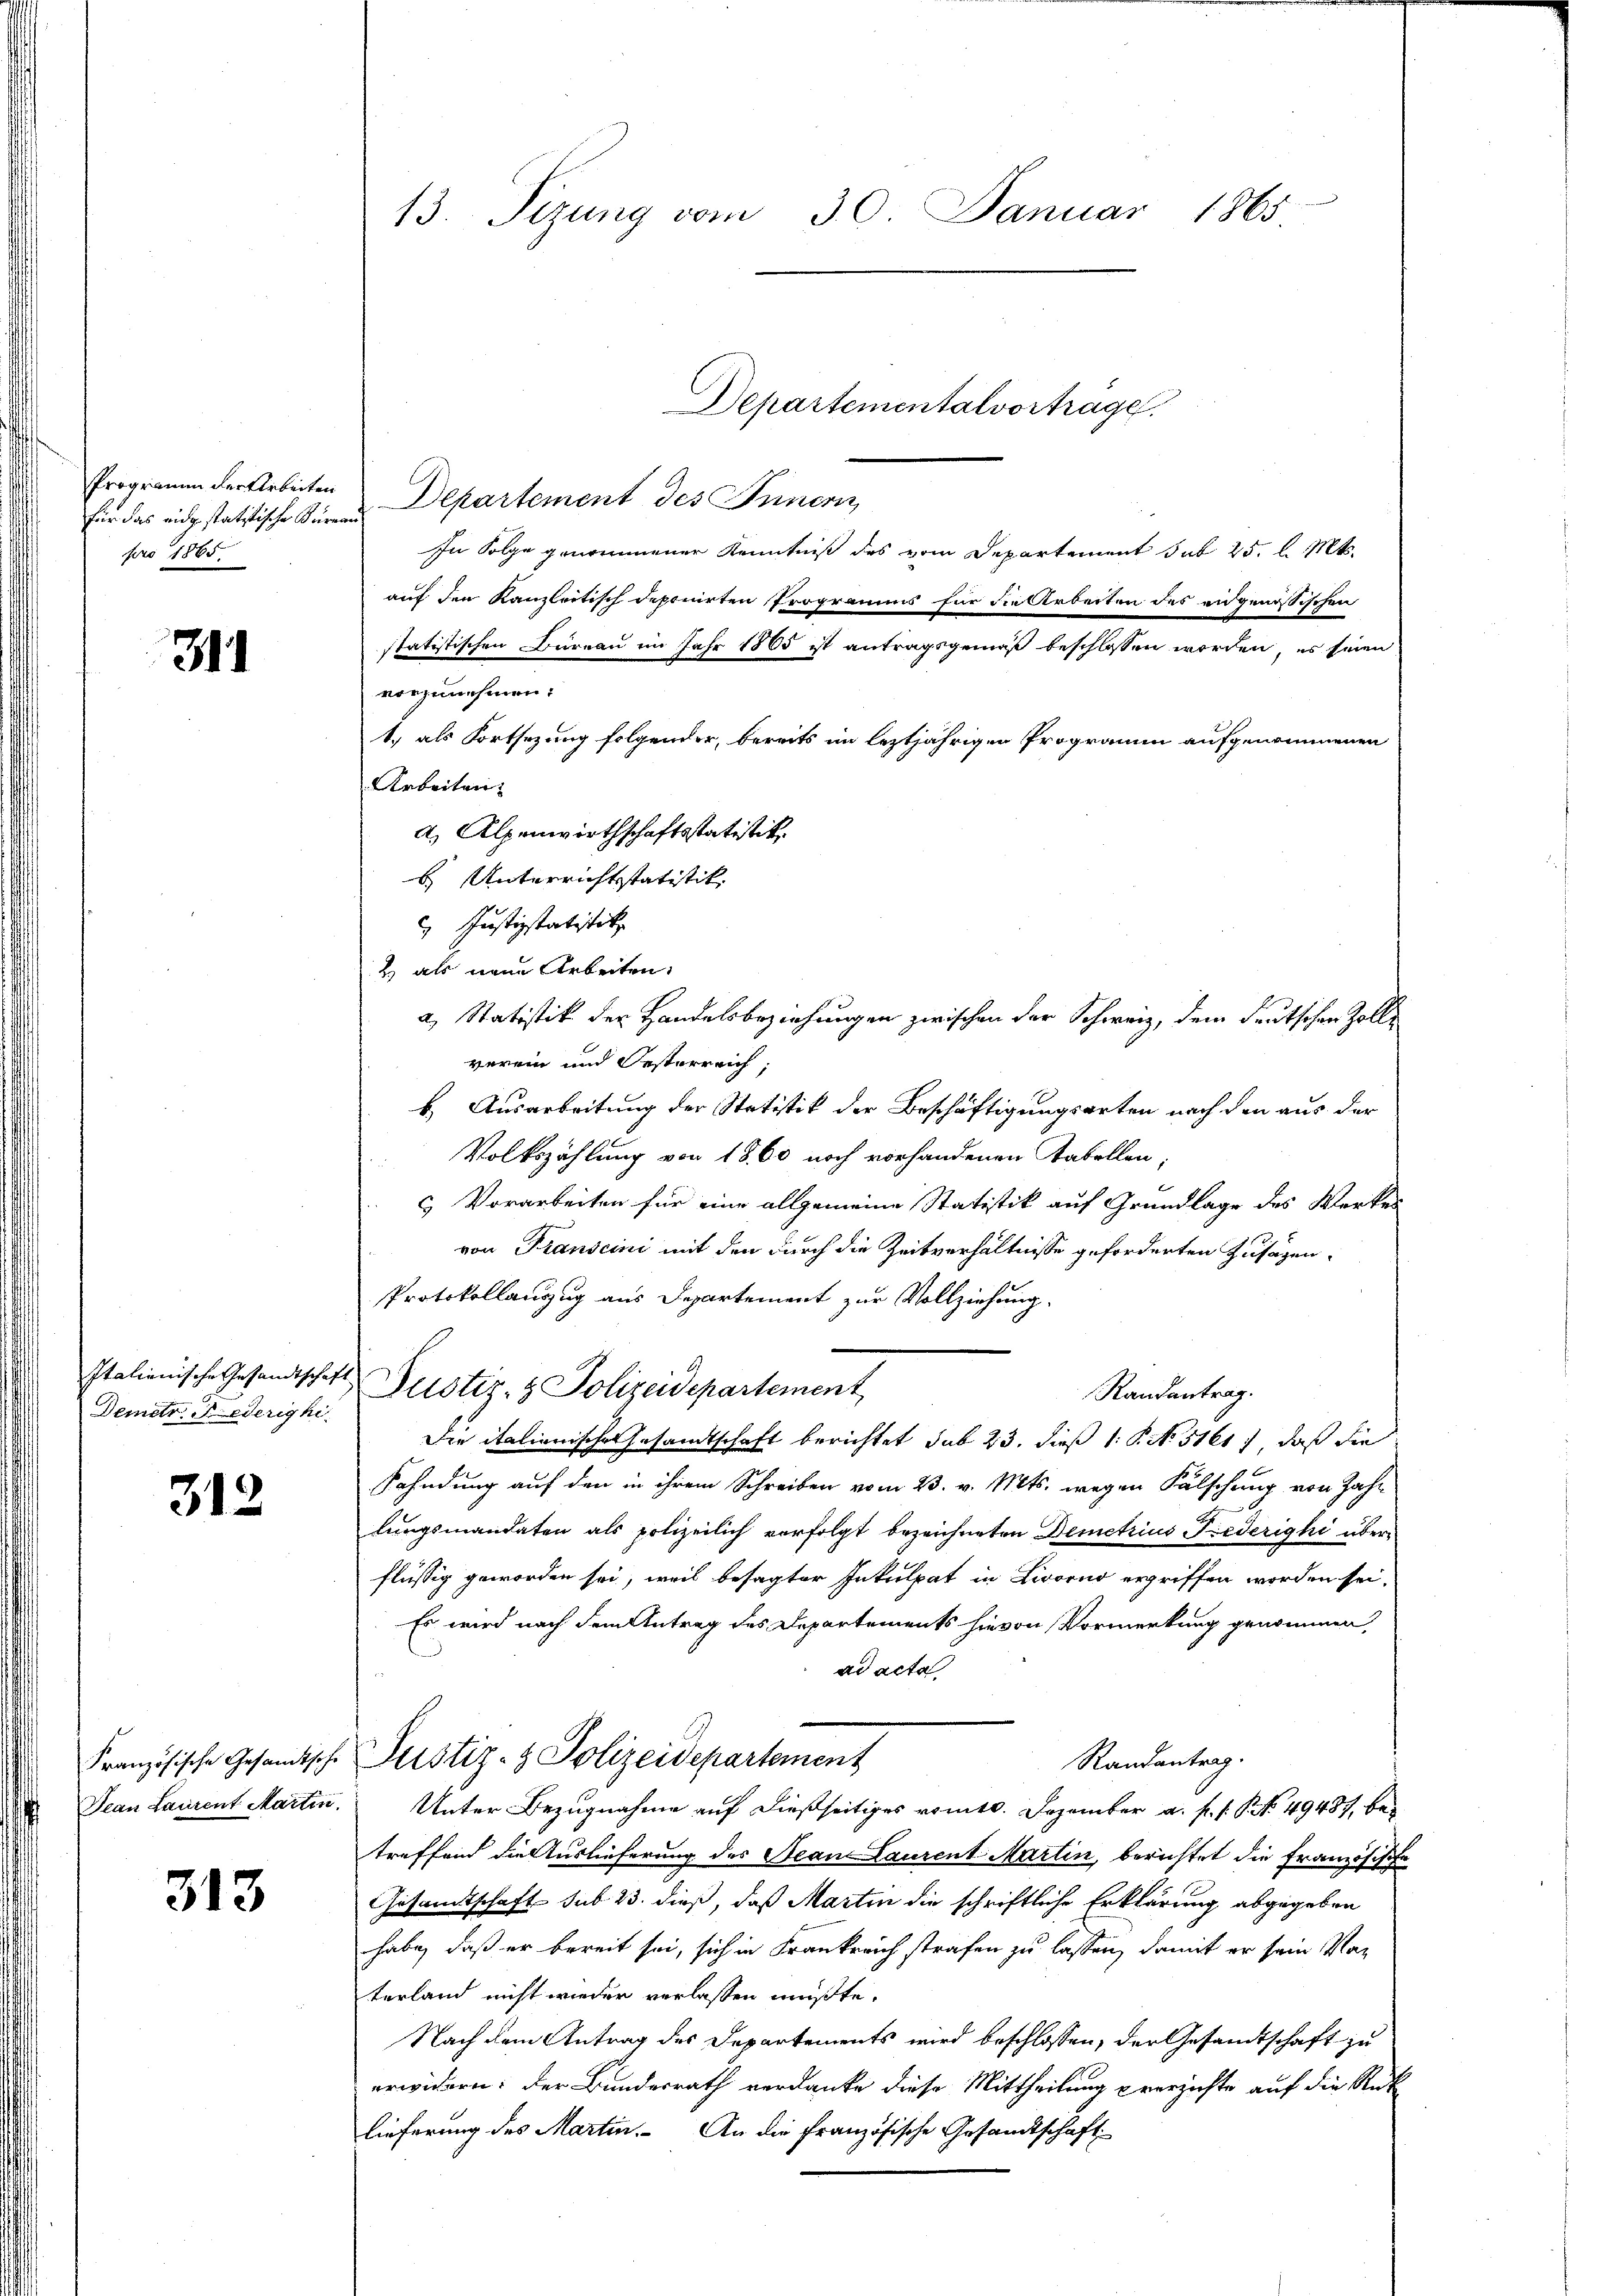
Programm der Arbeiten
für das eidg statitische Büren
pro 1865

311

Demetr. Jederigkei

312

Dean Laurent Martin.

313

13. Sizung vom 30. Januar 1865

Departement des Innern,
In Folge genommener Kenntniß des vom Departement sub 25 l. Mts.
auf den Kanzleitisch deponirten Programms für die Arbeiten des angenössischen
statistischen Büreau im Jahr 1865 ist antragsgemäß beschlossen worden, es seien
vorzunehmen:
1.) als Fortsezung folgender, bereits im leztjährigen Programm aufgenommenen
Arbeiten
a Alpenwirthschaftsstatistik
b. Unterrichtstatistik. |
 Justizstatistik
2 als neue Arbeiten.
a, Statistik der Handelsbeziehungen zwischen der Schweiz, dem deutschen Zolle
verein und Oesterreich;
b. Ausarbeitung der Statistik der Beschäftigungsarten nach den aus der
Volkszählung von 1860 noch vorhandenen Tabellen;
 Vorarbeiten für eine allgemeine Statistik auf Grundlage des Werker
von Franscini mit den durch die Zeitverhältnisse geforderten Zusagen¬
Protokollanzug aus Departement zur Vollziehung.
Italienische Gesandtschaft Pustiz- & Polizeidepartement,
Randantrag.
Die italienisches Gesamtschaft berichtet sub 23. dieß 1: P. N. 5161), daß die
Fahndung auf den in ihrem Schreiben vom 23. v. Mts. wegen Fälschung von Zahn
lungsmandaten als polizeilich verfolgt bezeichneten Demetrius Federigki überflüssig geworden sei, weil besagter Inkulpat in Livorno ergriffen worden sei.
Es wird nach dem Antrag des Departements hievon Vormerkung genommen,
ad acta
Randantrag.
Französische Gesandtsche Justiz- & Polizeidepartement
Unter Bezugnahme auf dießseitiges romt. Dezember a. f. s. S. Nr. 49487, betreffend die Auslieferung des Jean Laurent Martin, berichtet die Französische
Gesamtschaft sub 23. dieß, daß Martin die schriftliche Erklärung abgegeben
habe, daß er bereit sei, sich in Frankreich strafen zu lassen, damit er sein Nac
terland nicht wieder verlassen müßte.
Nach dem Antrag des Departements wird beschlossen, der Gesandtschaft zu
erwidern: der Bundesrath verdanke diese Mittheilung prerzichte auf die Rük
lieferung des Martin. An die französische Gesandtschaft

Departementalvortrage.